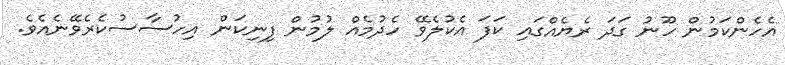
އެހެންކަމުން ހޫނު ގަދަ ރެޔެއްގައި ކަފަ އެކުލެވޭ ހެދުމެއް ލުމުން ފިނިކަން އިހުސާސުކެރެވޭނެއެވެ.